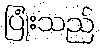
ပြုံးသည်